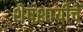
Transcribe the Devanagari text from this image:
शेषशायीचे